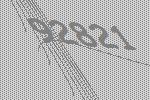
92821